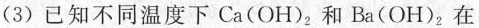
(3) 已知不同温度下 Ca(OH)_{2}和Ba(OH)_{2}，在